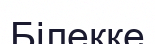
Білекке